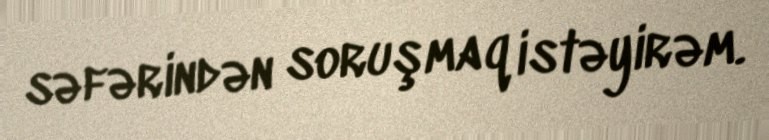
səfərindən soruşmaq istəyirəm.